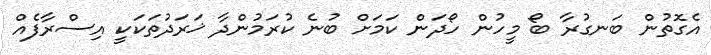
އެގޮތުން ބަނގުރާ ބޯ މީހުން ހޯދަން ކަމަށް ބުނެ ކުރަމުންދާ ޚަރަދުތަކަކީ އިސްރާފެއް